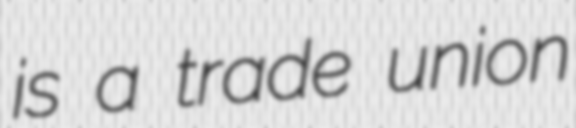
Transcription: is a trade union